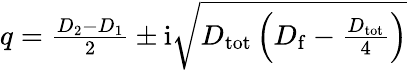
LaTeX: \begin{array}{r}{q=\frac{D_{2}-D_{1}}{2}\pm\mathrm{i}\sqrt{D_{\mathrm{tot}}\left(D_{\mathrm{f}}-\frac{D_{\mathrm{tot}}}{4}\right)}}\end{array}